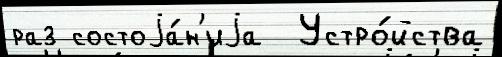
раз состоjа́н'иjа  Устро́йства